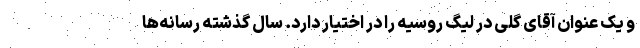
و یک عنوان آقای گلی در لیگ روسیه را در اختیار دارد. سال گذشته رسانه‌ها